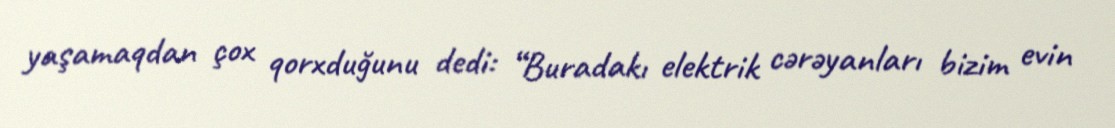
yaşamaqdan çox qorxduğunu dedi: “Buradakı elektrik cərəyanları bizim evin